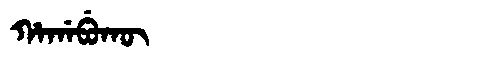
Manchu: ᡥᠠᡤᠠᠪᡠᡴᡡ
Romanization: HAGABUKŪ